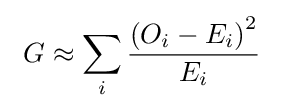
~G\approx \sum _{i}{\frac {\left(O_{i}-E_{i}\right)^{2}}{E_{i}}}~